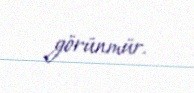
görünmür.